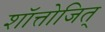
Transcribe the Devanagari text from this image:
शॉत्तोजित्